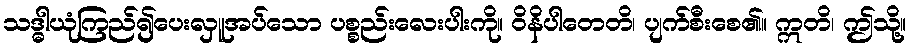
သဒ္ဓါယုံကြည်၍ပေးလှူအပ်သော ပစ္စည်းလေးပါးကို။ ဝိနိပါတေတိ၊ ပျက်စီးစေ၏။ ဣတိ၊ ဤသို့။